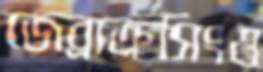
জেব্রাক্রসিংও